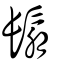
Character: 鬅